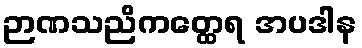
ဉာဏသညိကတ္ထေရ အပဒါန